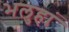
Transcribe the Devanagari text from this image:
भलुहां